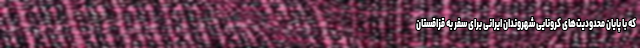
که با پایان محدودیت‌های کرونایی شهروندان ایرانی برای سفر به قزاقستان